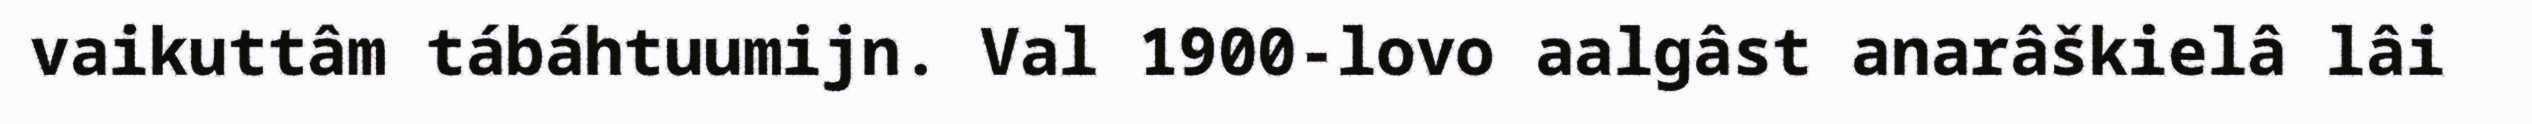
vaikuttâm tábáhtuumijn. Val 1900-lovo aalgâst anarâškielâ lâi